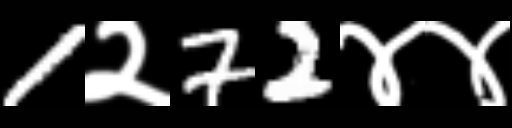
Text: 1२72४४